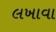
લખાવા